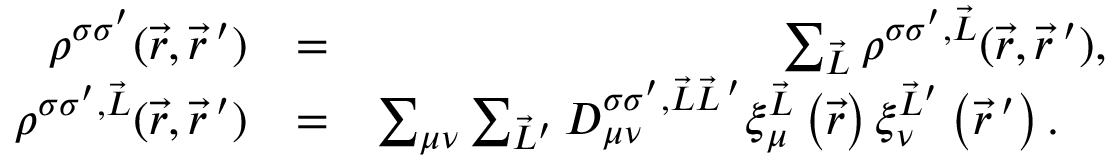
\begin{array} { r l r } { \rho ^ { \sigma \sigma ^ { \prime } } ( \vec { r } , \vec { r } \, ^ { \prime } ) } & { = } & { \sum _ { \vec { L } } \rho ^ { \sigma \sigma ^ { \prime } , \vec { L } } ( \vec { r } , \vec { r } \, ^ { \prime } ) , } \\ { \rho ^ { \sigma \sigma ^ { \prime } , \vec { L } } ( \vec { r } , \vec { r } \, ^ { \prime } ) } & { = } & { \sum _ { \mu \nu } \sum _ { \vec { L } ^ { \prime } } D _ { \mu \nu } ^ { \sigma \sigma ^ { \prime } , \vec { L } \vec { L } \, ^ { \prime } } \xi _ { \mu } ^ { \vec { L } } \left( \vec { r } \right) \xi _ { \nu } ^ { \vec { L } ^ { \prime } } \left( \vec { r } \, ^ { \prime } \right) . \quad } \end{array}